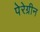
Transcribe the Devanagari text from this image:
पेरेग्रीन